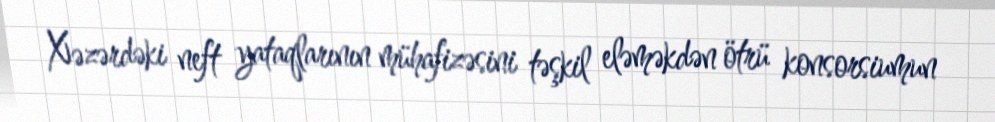
Xəzərdəki neft yataqlarının mühafizəsini təşkil eləməkdən ötrü konsorsiumun